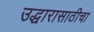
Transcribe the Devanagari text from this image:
उद्धारासाठीचा